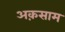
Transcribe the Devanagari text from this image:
अक़साम